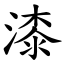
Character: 漆